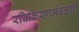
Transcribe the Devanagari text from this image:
रविकिरणमंडळाचे